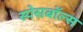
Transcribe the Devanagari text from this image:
स्पेसबॉल्स